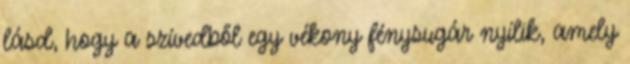
lásd, hogy a szívedből egy vékony fénysugár nyílik, amely